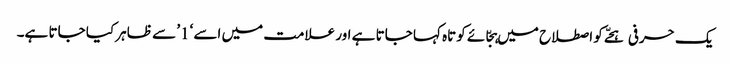
یک حرفی ہجّے کو اصطلاح میں ہجّائے کوتاہ کہا جاتا ہے اور علامت میں اسے ‘1’ سے ظاہر کیا جاتا ہے۔